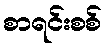
စာရင်းစစ်